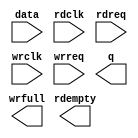
module ADV_FIFO (
	data,
	rdclk,
	rdreq,
	wrclk,
	wrreq,
	q,
	rdempty,
	wrfull);

	input	[23:0]  data;
	input	  rdclk;
	input	  rdreq;
	input	  wrclk;
	input	  wrreq;
	output	[23:0]  q;
	output	  rdempty;
	output	  wrfull;

endmodule